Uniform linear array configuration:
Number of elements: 12
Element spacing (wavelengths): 1
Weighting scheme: cosine
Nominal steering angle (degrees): -45
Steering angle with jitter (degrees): -45.914
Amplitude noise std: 0.05
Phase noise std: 0.05

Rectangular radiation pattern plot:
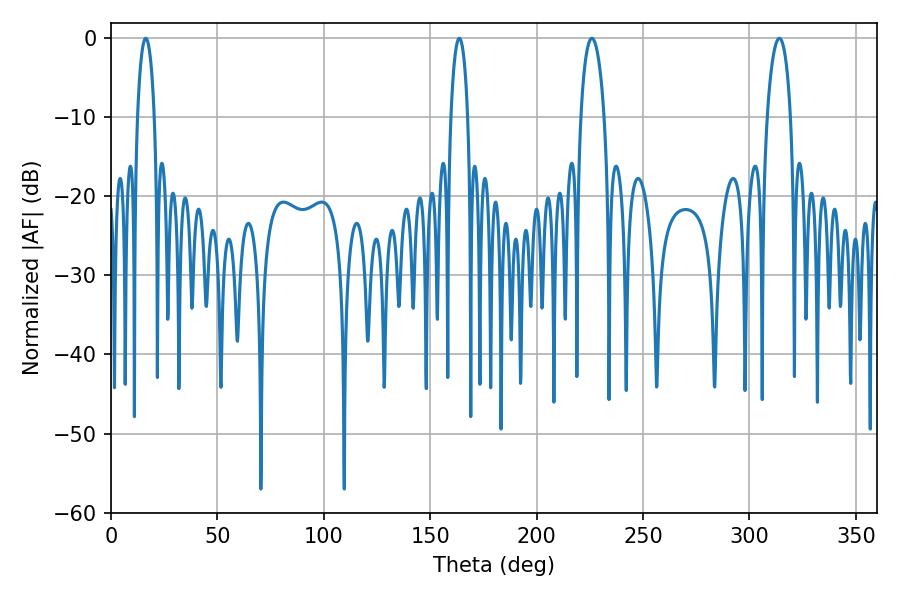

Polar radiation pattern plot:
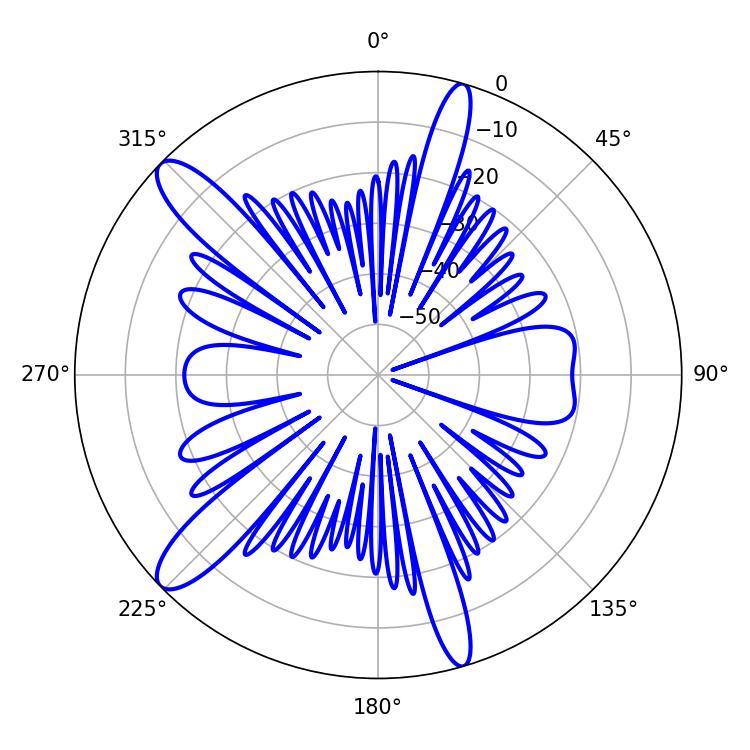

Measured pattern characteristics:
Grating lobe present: TRUE
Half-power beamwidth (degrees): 6.3
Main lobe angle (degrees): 225.9